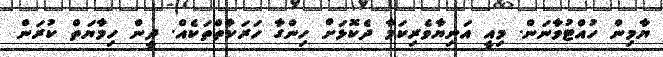
ޔާމިން ހުއްޓުވާނަން. މިއީ އަނިޔާވެރިކަމާ ދެކޮޅަށް ހިންގާ ހަރަކާތްތަކެއް. ދީން ހިމާޔަތް ކުރަން